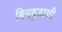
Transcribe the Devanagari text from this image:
बिनबुडाची